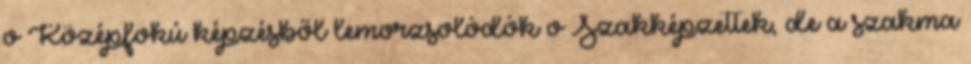
o Középfokú képzésből lemorzsolódók o Szakképzettek, de a szakma